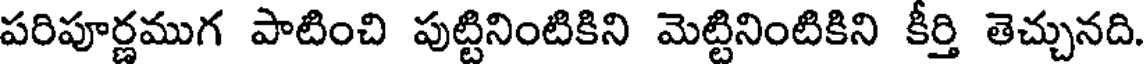
పరిపూర్ణముగ పాటించి పుట్టినింటికిని మెట్టినింటికిని కీర్తి తెచ్చునది